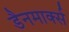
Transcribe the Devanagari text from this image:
डैनमार्क्स